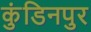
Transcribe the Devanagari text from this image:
कुंडिनपुर